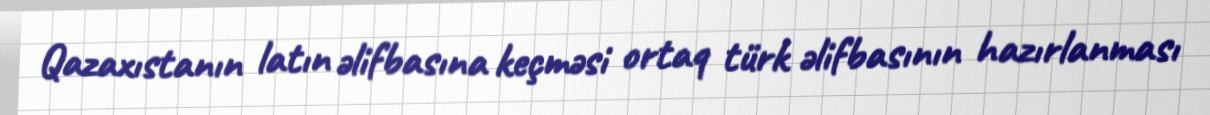
Qazaxıstanın latın əlifbasına keçməsi ortaq türk əlifbasının hazırlanması